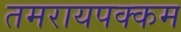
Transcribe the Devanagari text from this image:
तमरायपक्कम